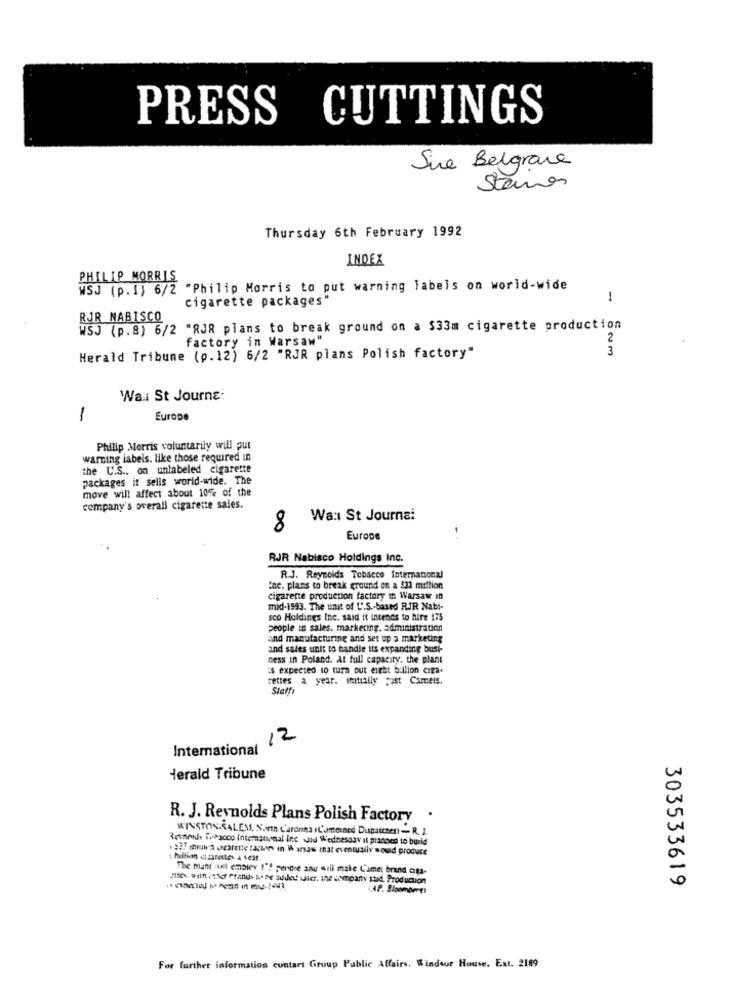
PRESS CUTTINGS
Sie Belgrave
Stenes
Thursday 6th February 1992
INDEX
PHILIP MORRIS
WSJ (p.1) 6/2 "Philip Morris to put warning labels on world-wide
cigarette packages"
1
RJR NABISCO
WSJ (p.8) 6/2 "RJR plans to break ground on a $33m cigarette production
factory in Warsaw"
2
3
Herald Tribune (0.12) 6/2 "RJR plans Polish factory"
Wa.i St Journe:
-
Europe
Philip Morris voluntarily will put
warning iabels. like those required in
the U.S .. on unlabeled cigarette
packages it sells world-wide. The
move will affect about 10% of the
company's overall cigarette sales.
Wa: St Journal
8
Europe
RJR Nabisco Holdings Inc.
R.J. Reynolds Tobacco International
ine. plans to break ground on a $1 million
cigarette production factory in Warsaw in
mid-1993. The unit of L'.S .- based RIR Nabi-
sco Holdings Inc. said it intends to hire 175
people in sales. marketing. administration
and manufacturing and set up a marketing
and sales unit to handle tts expanding bust-
ness in Poland. At full capacity. the plant
is expected to turn out eight billion ciza-
Fettes a year. initially just Cameis.
Staff
12
International
Herald Tribune
R. J. Reynolds Plans Polish Factory .
WINSTONSALEM, Speth Caronna +Comenned Dupatches) ~R. 1.
Retards Tobacco international inc. and Wednesday it pranoen to build
: hultion a zacette- 4 veat.
The mant will empiev 1"! percre and mril make C'umei brand oua-
use Both, they rangs sore audes wice. ine company stid Production
303533619
For further information contact Group Public Affairs. Windsor House. Ext. 2189